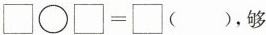
$$\Box \circ \Box = \Box ( )$$,够